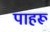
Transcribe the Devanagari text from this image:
पाहरू